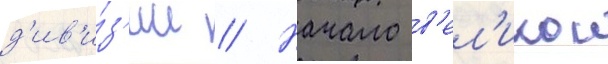
д'ив'и́з'ии // Начало в'ел'икои